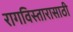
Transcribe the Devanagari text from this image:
रागविस्तारासाठी